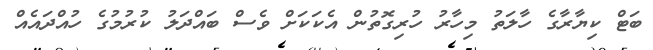
ބަޓް ކިޔާރާގެ ހާލަތު މިހާރު ހުރިގޮތުން އެކަކަށް ވެސް ބައްދަލު ކުރުމުގެ ހުއްދައެއް